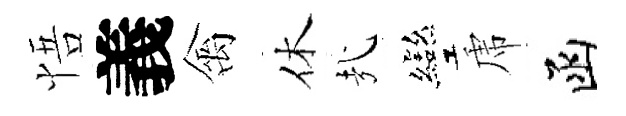
悟義禽休㢤彎虎函